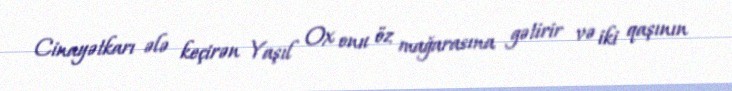
Cinayətkarı ələ keçirən Yaşıl Ox onu öz mağarasına gətirir və iki qaşının